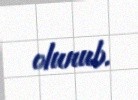
olunub.